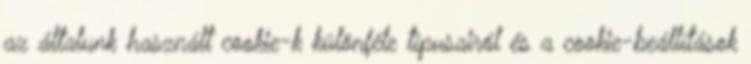
az általunk használt cookie-k különféle típusairól és a cookie-beállítások